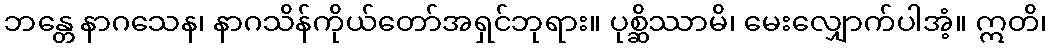
ဘန္တေ နာဂသေန၊ နာဂသိန်ကိုယ်တော်အရှင်ဘုရား။ ပုစ္ဆိဿာမိ၊ မေးလျှောက်ပါအံ့။ ဣတိ၊